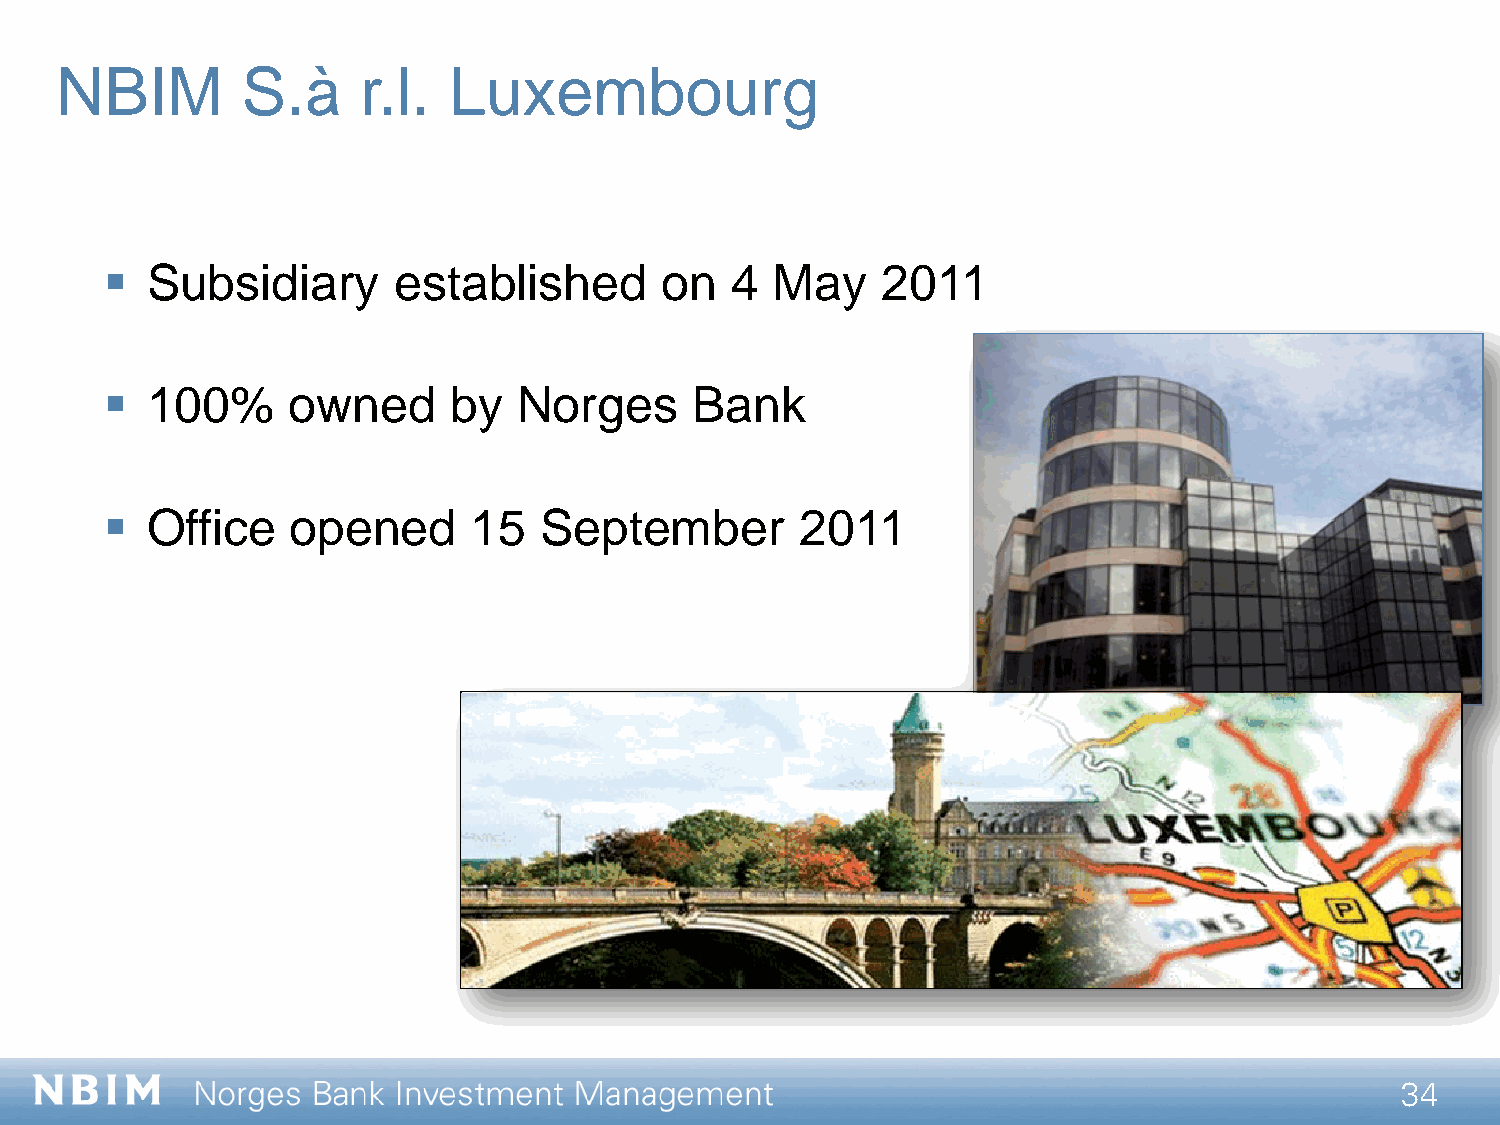
NBIM        S.à     r.l.  Luxembourg
   Subsidiary      established       on  4  May    2011
   100%     owned      by  Norges      Bank
   Office   opened      15   September        2011
 34